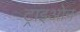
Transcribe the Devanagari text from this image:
ट्राइओन